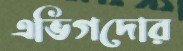
এভিগদোর